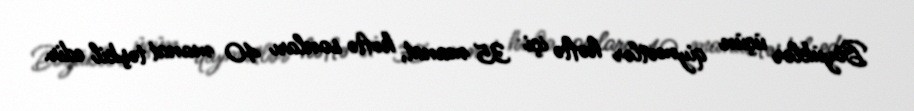
Böyüklər üçün qiymətlər həftə içi 35 manat, həftə sonları 40 manat təşkil edir.